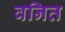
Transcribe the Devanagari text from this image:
वनित